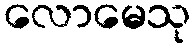
လောမေသု